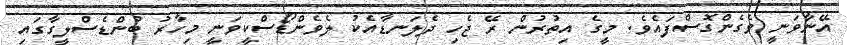
އޭނާވަނީ ވެގެންގޮސްފައެވެ. މީގެ އިތުރުން ރޭ ޖެހި ދެލަނޑާއެކު ލެވެންޑޯސްކީވަނީ މިހާރު ބުންޑެސްލީގާގައި